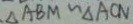
\Delta A B M \sim \Delta A C N